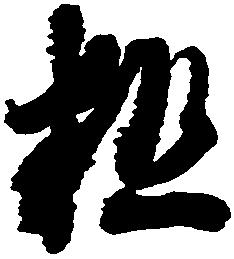
粗